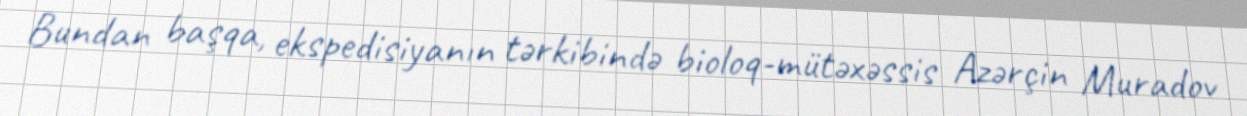
Bundan başqa, ekspedisiyanın tərkibində bioloq-mütəxəssis Azərçin Muradov